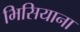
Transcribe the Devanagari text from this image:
भिसियाना